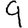
Digit: 9